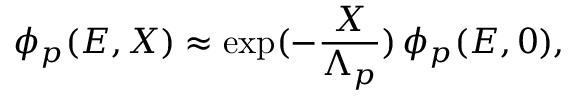
\phi _ { p } ( E , X ) \approx \exp ( - \frac { X } { \Lambda _ { p } } ) \, \phi _ { p } ( E , 0 ) ,